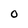
Character: O